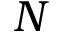
N